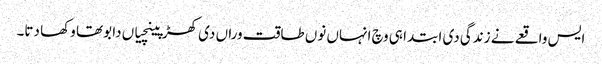
ایس واقعے نے زندگی دی ابتدا ہی وچ انہاں نوں طاقت وراں دی کھڑپینچیاں دا بوتھا وکھا دتا۔